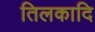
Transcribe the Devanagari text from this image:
तिलकादि